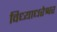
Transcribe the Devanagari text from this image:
विध्याधरेश्वर